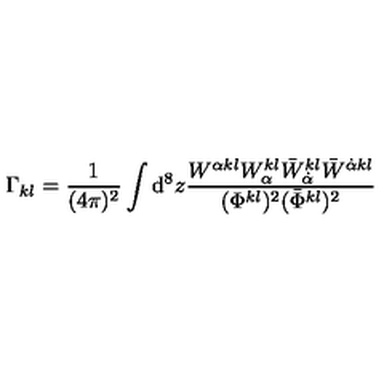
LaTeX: \Gamma _ { k l } = \frac { 1 } { ( 4 \pi ) ^ { 2 } } \int \mathrm { d } ^ { 8 } z \frac { W ^ { \alpha k l } W _ { \alpha } ^ { k l } \bar { W } _ { \dot { \alpha } } ^ { k l } \bar { W } ^ { \dot { \alpha } k l } } { ( \Phi ^ { k l } ) ^ { 2 } ( \bar { \Phi } ^ { k l } ) ^ { 2 } }